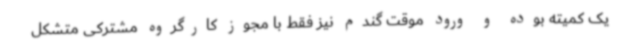
یک کمیته بوده و ورود موقت گندم نیز فقط با مجوز کارگروه مشترکی متشکل